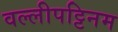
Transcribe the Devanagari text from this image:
वल्लीपट्टिनम